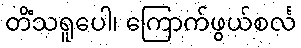
တိံသရူပေါ၊ ကြောက်ဖွယ်စင်္လ